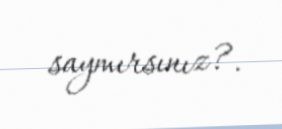
saymırsınız?.